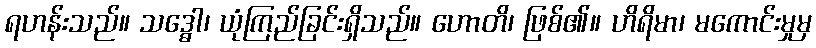
ရဟန်းသည်။ သဒ္ဓေါ၊ ယုံကြည်ခြင်းရှိသည်။ ဟောတိ၊ ဖြစ်၏။ ဟိရိမာ၊ မကောင်းမှုမှ